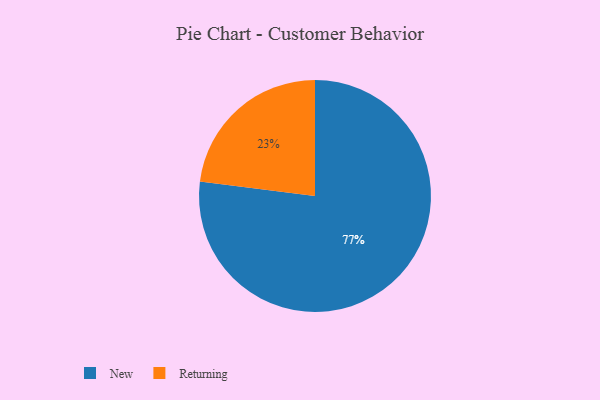
{"axis": {"x": "Category", "y": "Percentage"}, "legend": ["New", "Returning"], "data": [{"x": "Returning", "y": 23, "type": "Returning"}, {"x": "New", "y": 77, "type": "New"}]}